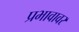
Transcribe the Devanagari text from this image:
प्रभावावर